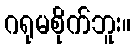
ဂရုမစိုက်ဘူး။